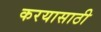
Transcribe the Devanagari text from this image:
करयासाठी